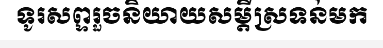
ទូរសព្ទរួចនិយាយសម្តីស្រទន់មក